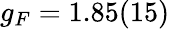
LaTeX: g_{F}=1.85(15)